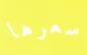
سعرها